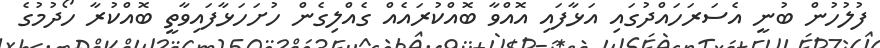
ފުލުހުން ބުނީ އެސަރަހައްދުގައި އަޅާފައި އޮއްވާ ބޮއްކުރައެއް ގެއްލިގެން ހުށަހަޅާފައިވާތީ ބޮއްކުރާ ހޯދުމުގެ